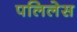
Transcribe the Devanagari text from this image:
पलिलेस